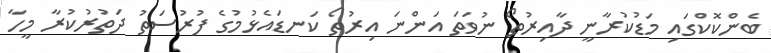
ބެންކޮކްގައި މަޑުކުރާނީ ދާއިރުތޯ ނުވަތަ އަންނަ އިރުތޯ ކަނޑައެޅުމުގެ ފުރުސަތު ދަތުރުކުރާ މީހާ